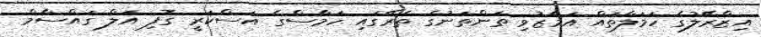
އިޒްރޭލުގެ ހަމަލާތައް އަމާޒުވި ތަންތަނުގެ ތެރޭގައި ހަމާސްގެ އަސްކަރީ ގޮފި އަލް ގައްސާމް